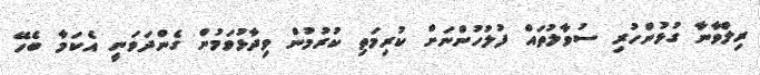
ރިލްވާނާ ގުޅުންހުރި ސުވާލުތައް ފުލުހުންނަށް ކުރިމަތި ކުރުމުން ވިދާޅުވަމުން ގެންދަވަނީ އެކަމާ ބެހޭ